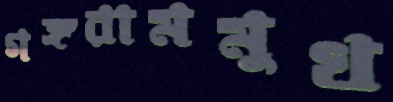
গঙ্গরামমুখ